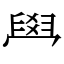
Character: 𦥯